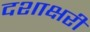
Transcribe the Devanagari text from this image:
दशाक्षरी